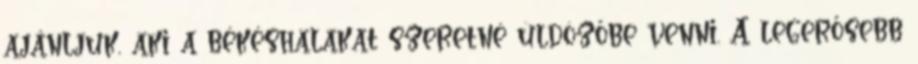
ajánljuk, aki a békéshalakat szeretné üldözőbe venni. A legerősebb